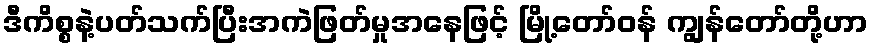
ဒီကိစ္စနဲ့ပတ်သက်ပြီးအကဲဖြတ်မှုအနေဖြင့် မြို့တော်ဝန် ကျွန်တော်တို့ဟာ